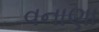
વનાણા